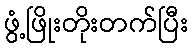
ဖွံ့ဖြိုးတိုးတက်ပြီး